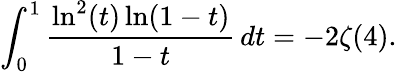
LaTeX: \int_{0}^{1}\frac{\ln^{2}(t)\ln(1-t)}{1-t}\, dt=-2\zeta(4).